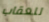
للعقاب